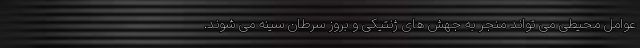
عوامل محیطی می تواند منجر به جهش های ژنتیکی و بروز سرطان سینه می شوند.